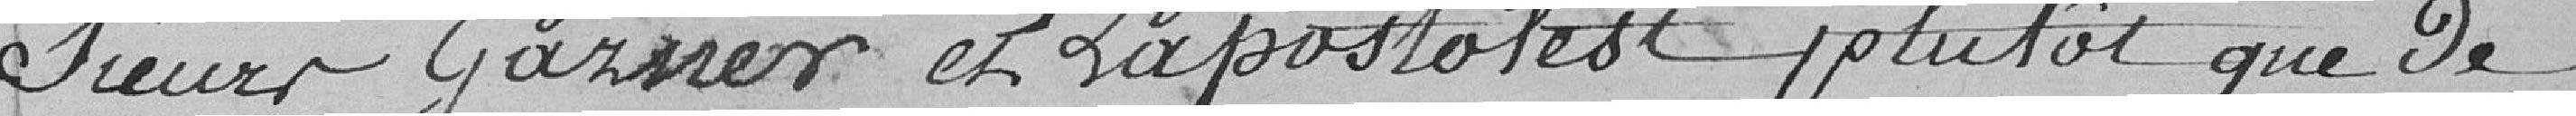
Sieurs Gasner et Lapostolest plutôt que de